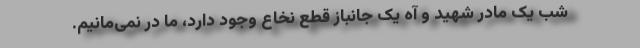
شب یک مادر شهید و آه یک جانباز قطع نخاع وجود دارد، ما در نمی‌مانیم.